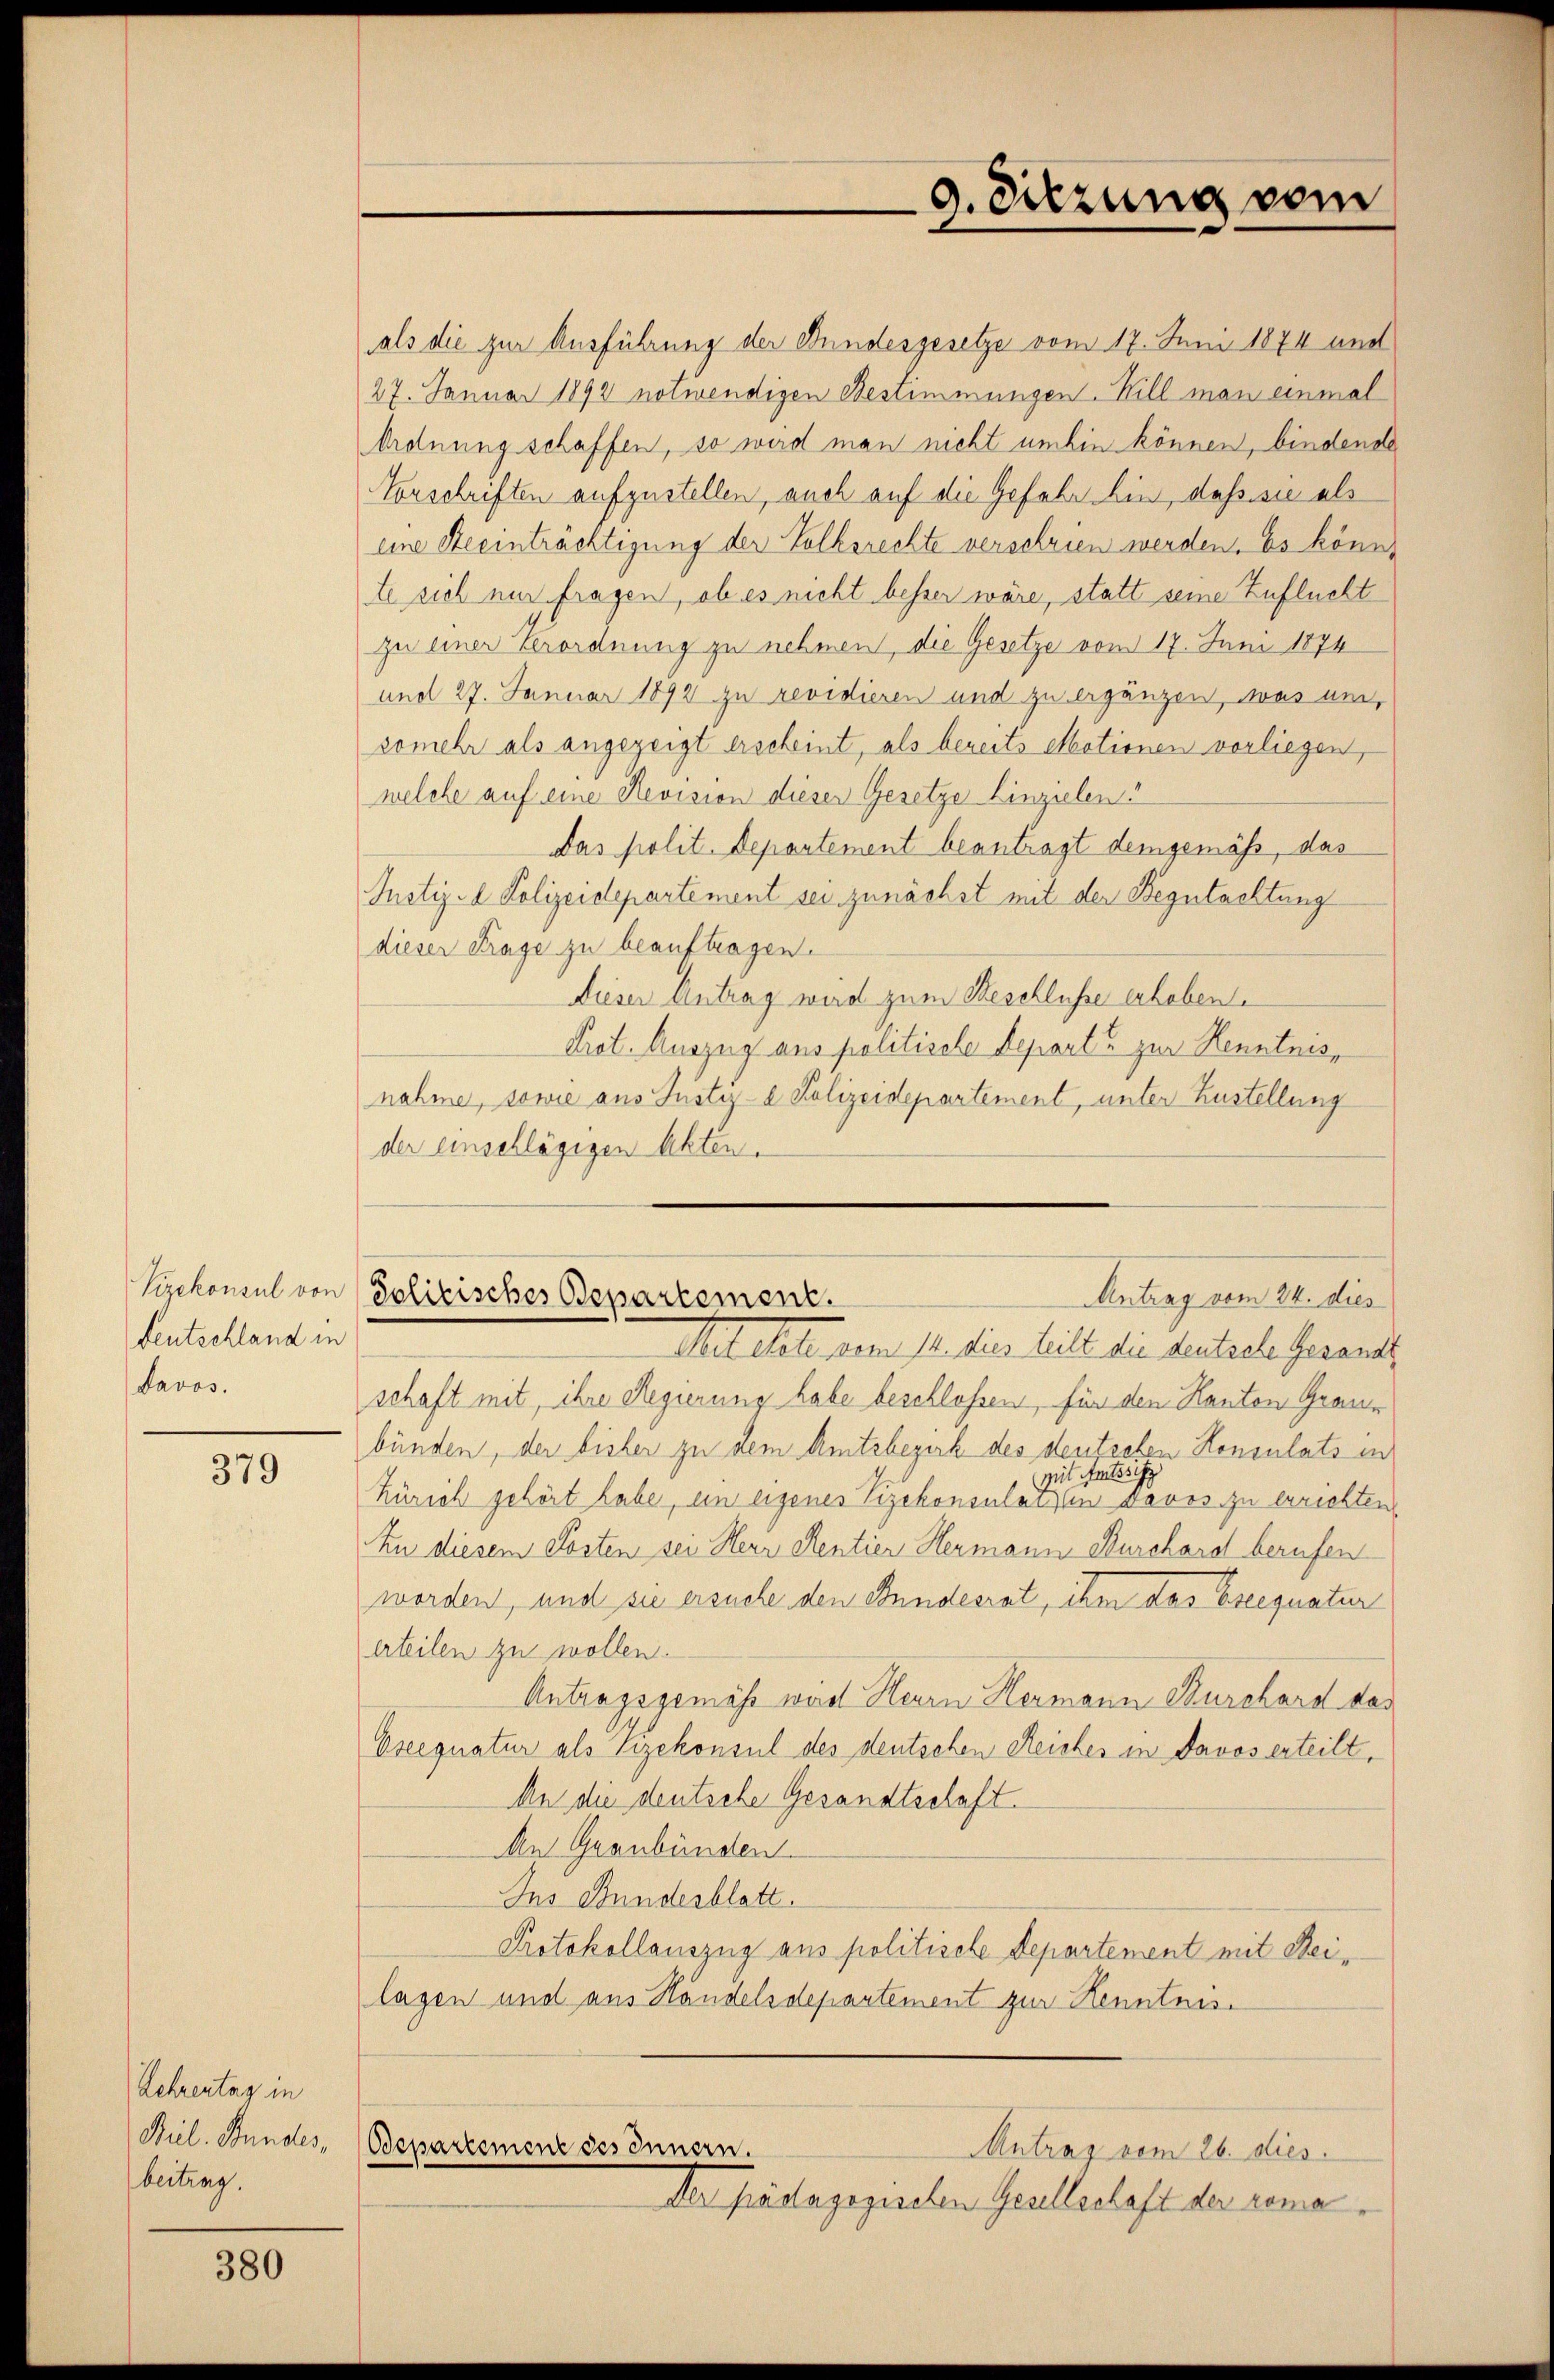
Vizekonsul von
deutschland in
Davos.

379

Lehrentag in
Pil. Stundes,
bertrag.

380

als die zur Ausführung der Bundesgesetze vom 17. Juni 1874 und
27. Januar 1892 notwendigen Bestimmungen. Will man einmal
Ordnung schaffen, so wird man nicht umhin können, bindende
Vorschriften aufzustellen, auch auf die Gefahr hin, daß sie als
eine Seeinträchtigung der Volksrechte verschrien werden. Es könnt
te sich nur fragen, ob es nicht besser wäre, statt seine Zuflucht
zu einer Verordnung zu nehmen, die Gesetze vom 17. Juni 1874
und 27. Januar 1892 zu revidieren und zu ergänzen, was um,
somehr als angezeigt erscheint, als bereits Motionen vorliegen,
welche auf eine Revision dieser Gesetze Einzielen.
Das polit. Departement beantragt demgemäß, das
Justiz-d Polizeidepartement sei zunächst mit der Begutachtung
(dieser Frage zu beauftragen.
Dieser Antrag wird zum Beschlüsse erheben.
Prot. Auszug aus politische Depart zur Kenntnisnahme, sowie aus Justiz- & Polizeidepartement, unter Zustellung
der einschlägigen Akten.

Antrag vom 24. dies
Politisches Departement.

9. Dierung vom

Aetelet vom 12. dies heilt die Leutsche Gesandt
schaft mit, ihre Regierung habe beschlossen, für den Kanton Graue
bünden, der bisher zu dem Amtsbezirk des deutschen Konsulats in
mit Aussi
Zürich gehört habe, ein eigenes Vizekonsulatinen Davos zu errichten,
An diesem Kosten sei Herr Rentier Hermann Burchard berufen
worden, und sie ersuche den Bundesrat, ihm das Eseequatur
erteilen zu wollen.
Antragsgemäss wird Herrn Hermann Durchard das
Eseegnatur als Vizekonsul des deutschen Reiches in Davos erteilt,
An die deutsche Gesandtschaft.
An Graubünden.
Ins Bundesblatt.
Protokollauszug aus politische Departement mit Reilagen und aus Handelsdepartement zur Kenntnis¬
Odepartement des Innern.
Antrag vom 26. dies
Der Pädagogischen Gesellschaft der roma¬